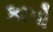
કાપો